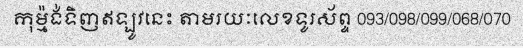
កុម្ម៉ង់ទិញឥឡូវនេះ តាមរយៈលេខទូរស័ព្ទ 093/098/099/068/070